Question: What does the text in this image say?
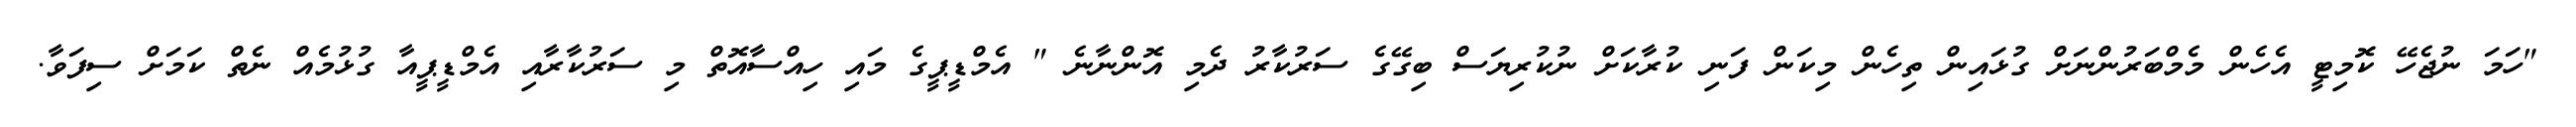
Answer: "ހަމަ ނުޖެހޭ ކޮމިޓީ އެހެން މެމްބަރުންނަށް ގުޅައިން ތިހެން މިކަން ފަނި ކުރާކަށް ނުކުރިޔަސް ބިގޭގެ ސަރުކާރު ދެމި އޮންނާނެ " އެމްޑީޕީގެ މައި ހިއްސާއޮތް މި ސަރުކާރާއި އެމްޑީޕީއާ ގުޅުމެއް ނެތް ކަމަށް ސިފަވާ.